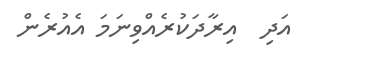
އަދި  އިރާދަކުރެއްވިނަމަ އެއުރެން